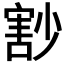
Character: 𡮞